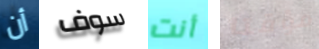
أن سوف أنت مؤقتا